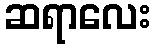
ဆရာလေး